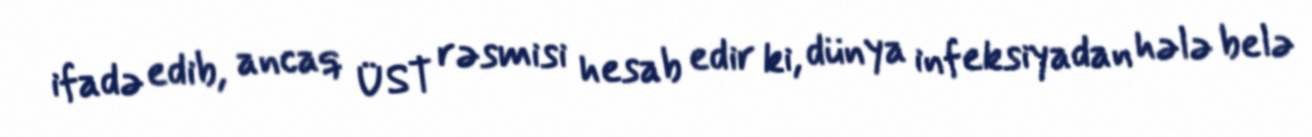
ifadə edib, ancaq ÜST rəsmisi hesab edir ki, dünya infeksiyadan hələ belə